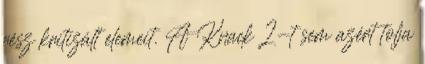
rész kritizált elemeit. A Knack 2-t sem azért tolja